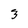
Character: 3